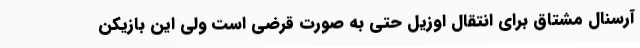
آرسنال مشتاق برای انتقال اوزیل حتی به صورت قرضی است ولی این بازیکن